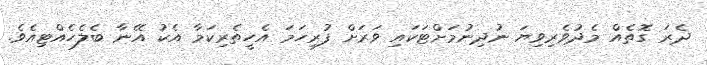
ދެރަ ގޮތެއް މެދުވެރިވިޔަ ނުދިނުމަށްޓަކައި ވަރަށް ފުރިހަމަ އެހީތެރިކަމާ އެކު އޭނާ ބެލެހެއްޓިއެވެ.